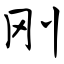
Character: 刚